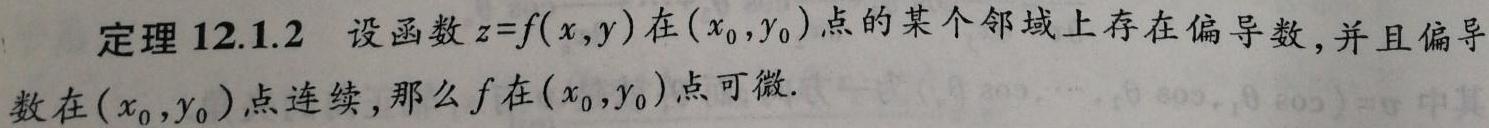
定理 12.1.2 设函数 $z = f(x,y)$ 在 $(x_0,y_0)$ 点的某个邻域上存在偏导数, 并且偏导数在 $(x_0,y_0)$ 点连续, 那么 $f$ 在 $(x_0,y_0)$ 点可微.